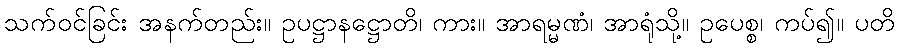
သက်ဝင်ခြင်း အနက်တည်း။ ဥပဋ္ဌာနဋ္ဌောတိ၊ ကား။ အာရမ္မဏံ၊ အာရုံသို့။ ဥပေစ္စ၊ ကပ်၍။ ပတိ